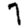
Digit: 7